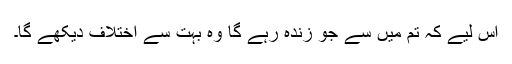
اس لیے کہ تم میں سے جو زندہ رہے گا وہ بہت سے اختلاف دیکھے گا۔